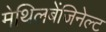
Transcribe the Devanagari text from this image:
मेथिलबेंजिनेल्ट